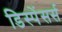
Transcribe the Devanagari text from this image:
डिस्पेंसर्स